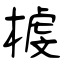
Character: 榩